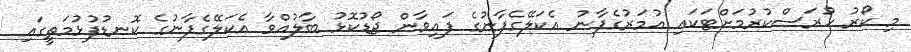
މި ކޯރު ހުރަސްކުރުމަށްޓަކައި އުމަރުގެފާނު އެކަލޭގެފާނުގެ ފައިވާން ޖޯޑުކޮޅު ބާލުއްވާ އެކަލޭގެފާނުގެ ކޮނޑުފުޅުމަތީގައި